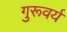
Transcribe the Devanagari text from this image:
गुरूवर्य